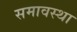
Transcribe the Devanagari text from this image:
समावस्था